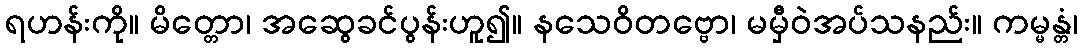
ရဟန်းကို။ မိတ္တော၊ အဆွေခင်ပွန်းဟူ၍။ နသေဝိတဗ္ဗော၊ မမှီဝဲအပ်သနည်း။ ကမ္မန္တံ၊